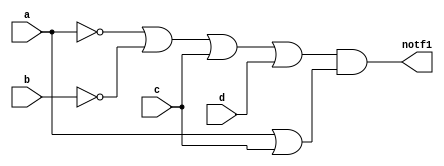
module hw3_notf1(notf1, a, b, c, d);

    input a, b, c, d;
    output notf1;

    not not_a(nota, a);
    not not_b(notb, b);

    or left_or1(nota_or_notb, nota, notb);
    or left_or2(nota_or_notb_or_c, nota_or_notb, c);
    or left_or3(nota_or_notb_or_c_or_d, nota_or_notb_or_c, d);

    or right_or(a_or_c, a, c);

    and left_and_right(notf1, nota_or_notb_or_c_or_d, a_or_c);

endmodule